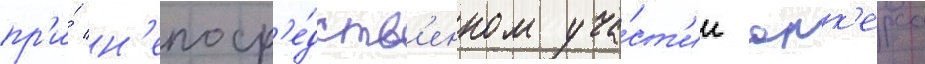
пр'и́ н'епоср'е́дств'енном уча́ст'ии юнк'ерса